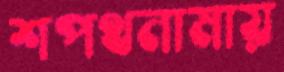
শপথনামায়